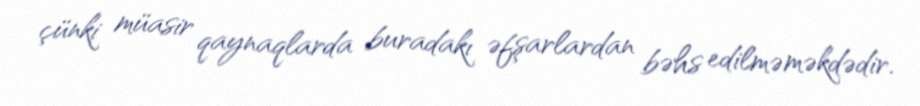
çünki müasir qaynaqlarda buradakı əfşarlardan bəhs edilməməkdədir.